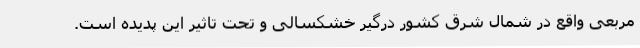
مربعی واقع در شمال شرق کشور درگیر خشکسالی و تحت تاثیر این پدیده است.